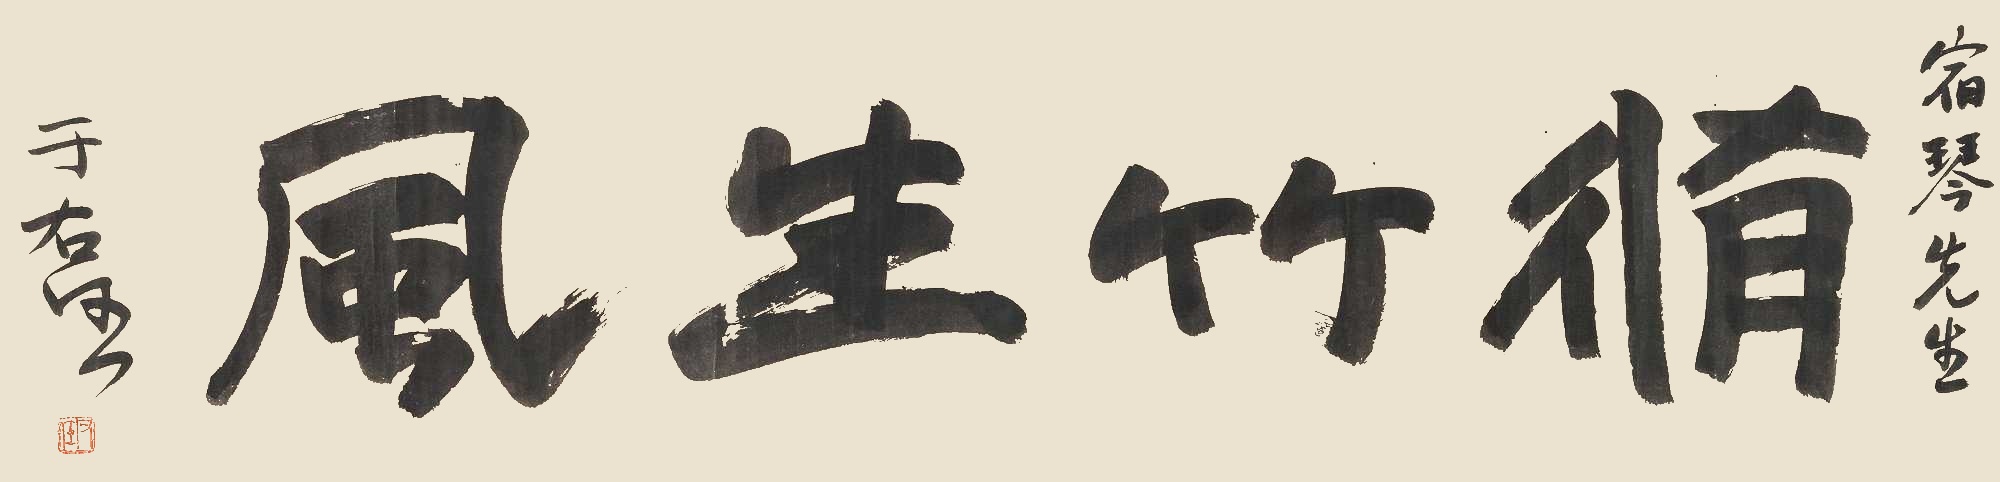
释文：修竹生风宿琴先生。于右任。